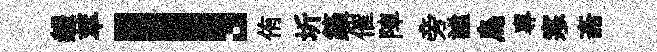
赧萃！侑圻築催陣旁謐烏專寒斋